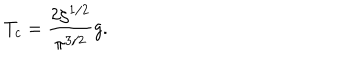
LaTeX: T _ { c } = \frac { 2 \zeta ^ { 1 / 2 } } { \pi ^ { 3 / 2 } } g .